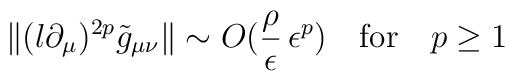
\|(l \partial_\mu)^{2 p} \tilde{g}_{\mu\nu} \| \sim O( \frac{\rho}{\epsilon}\, \epsilon^p ) \quad \mbox{for} \quad p \ge 1